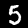
Digit: 5